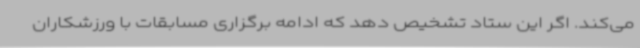
می‌کند. اگر این ستاد تشخیص دهد که ادامه برگزاری مسابقات با ورزشکاران